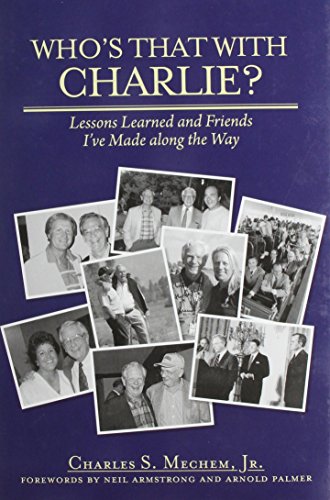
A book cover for Who's That With Charlie?: Lessons Learned and Friends I've Made Along the Way; Charles S. Mechem; Biographies & Memoirs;